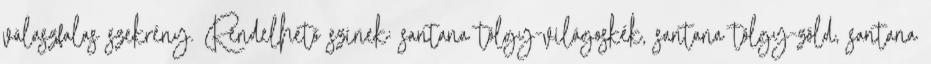
válaszfalas szekrény. Rendelhető színek: santana tölgy-világoskék, santana tölgy-zöld, santana